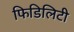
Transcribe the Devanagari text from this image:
फिडिलिटी